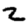
Digit: 2